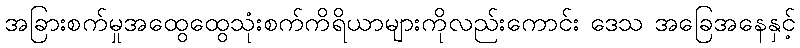
အခြားစက်မှုအထွေထွေသုံးစက်ကိရိယာများကိုလည်းကောင်း ဒေသ အခြေအနေနှင့်